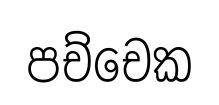
පච්චෙක